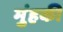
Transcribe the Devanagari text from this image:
मुंहकी